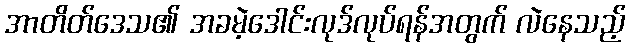
အာတိတ်ဒေသ၏ အခမဲ့ဒေါင်းလုဒ်လုပ်ရန်အတွက် လဲနေသည့်